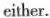
either.